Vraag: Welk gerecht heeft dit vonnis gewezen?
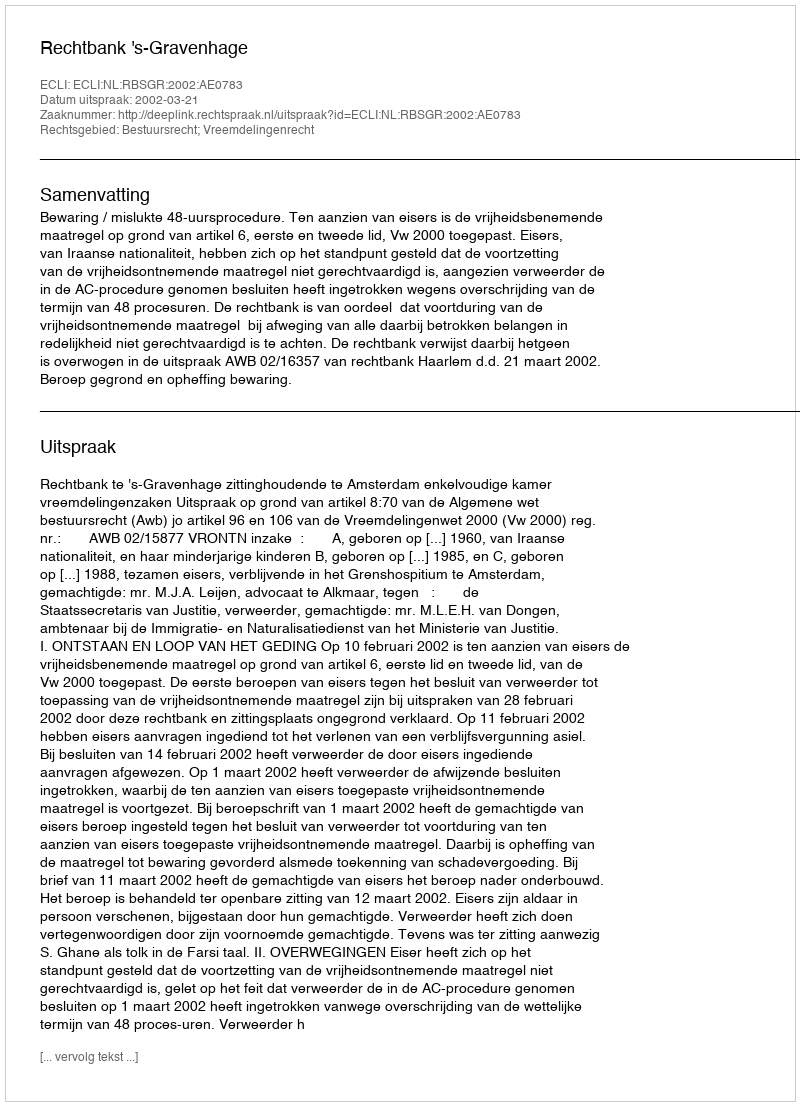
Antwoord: Rechtbank 's-Gravenhage